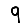
Digit: 9